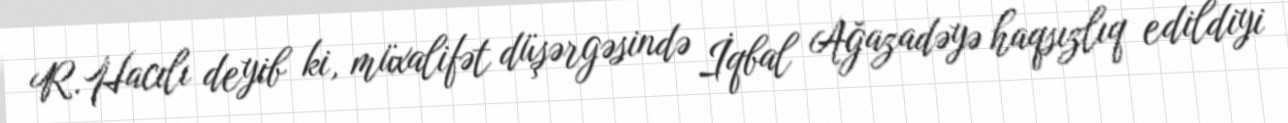
R.Hacılı deyib ki, müxalifət düşərgəsində İqbal Ağazadəyə haqsızlıq edildiyi